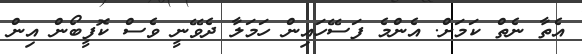
އެތާ ނެތް ކަމަށް. އެންމެ ފަސޭހައިން ހަމަލާ ދެވޭނީ ވެސް ކޮފީބޯން އިން